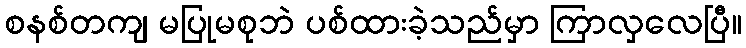
စနစ်တကျ မပြုမစုဘဲ ပစ်ထားခဲ့သည်မှာ ကြာလှလေပြီ။